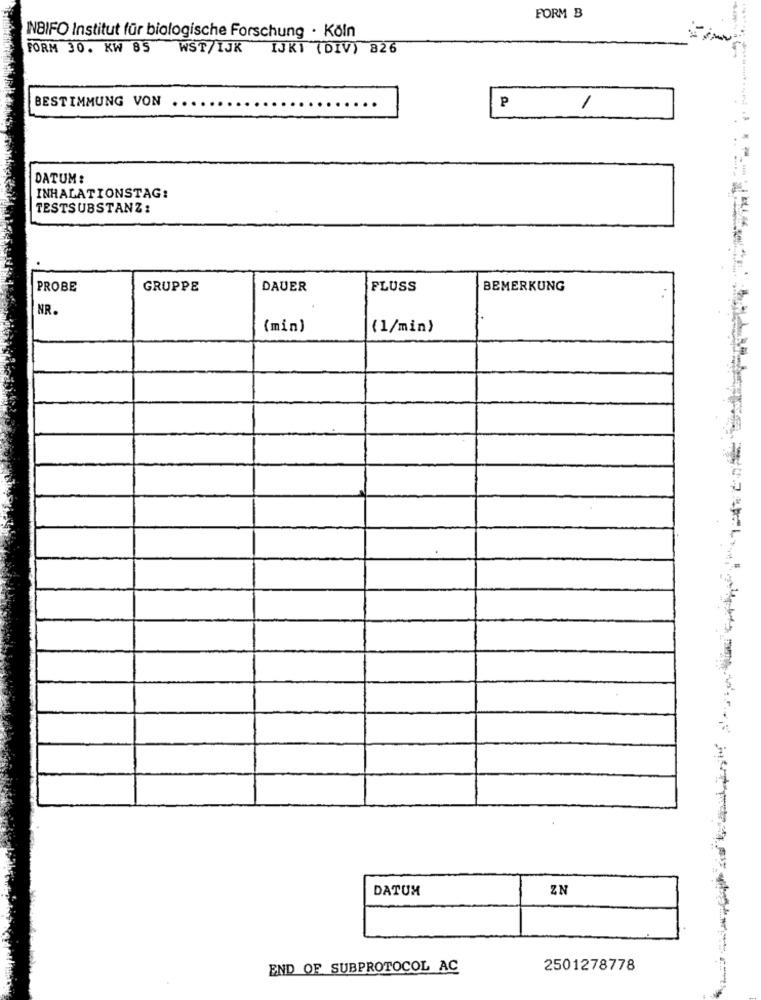
FORM B
INBIFO Institut für biologische Forschung · Köln
FORM 30. KW 85
WST/IJK IJKI (DIV) 826
BESTIMMUNG VON
P
1
DATUM :
INHALATIONSTAG:
TESTSUBSTANZ:
PROBE
GRUPPE
DAUER
FLUSS
BEMERKUNG
NR.
(min)
(1/min)
DATUM
ZN
END OF SUBPROTOCOL AC
2501278778